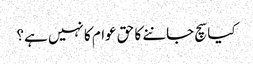
کیا سچ جاننے کا حق عوام کا نہیں ہے؟